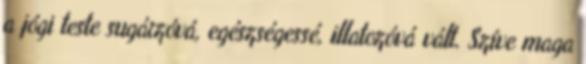
a jógi teste sugárzóvá, egészségessé, illatozóvá vált. Szíve maga